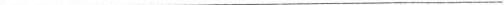
___